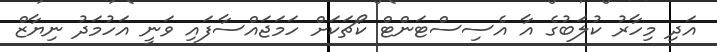
އަދި މިހާރު ކުލަބުގެ އާ އެސިސްޓަންޓް ކޯޗަކަށް ހަމަޖައްސާފައި ވަނީ އަހުމަދު ނިޔާޒް